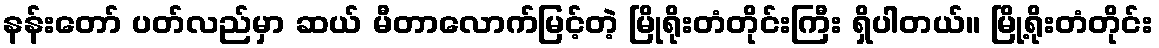
နန်းတော် ပတ်လည်မှာ ဆယ် မီတာလောက်မြင့်တဲ့ မြိုရိုးတံတိုင်းကြီး ရှိပါတယ်။ မြို့ရိုးတံတိုင်း